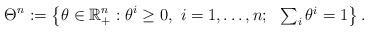
LaTeX: \begin{align*}\Theta^n:=\left\{\theta \in \mathbb{R}_+^n : \theta^i \geq 0,\ i=1,\ldots,n;\ \ \textstyle\sum_i\theta^i =1\right\}.\end{align*}